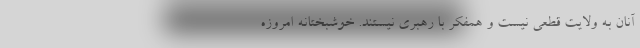
آنان به ولایت قطعی نیست و همفکر با رهبری نیستند. خوشبختانه امروزه